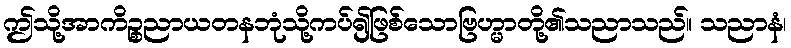
ဤသို့အာကိဉ္စညာယတနဘုံသို့ကပ်၍ဖြစ်သောဗြဟ္မာတို့၏သညာသည်။ သညာနံ၊